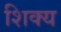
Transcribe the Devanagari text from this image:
शिक्य